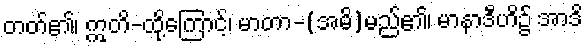
တတ်၏၊ ဣတိ-ထို့ကြောင့်၊ မာတာ-(အမိ)မည်၏၊ မာနာဒီဟိ၌ အာဒိ